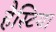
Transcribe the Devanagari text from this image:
हैस्टिया